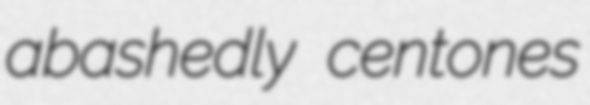
abashedly centones